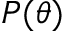
P ( \theta )